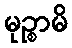
မုဉ္စာမိ